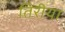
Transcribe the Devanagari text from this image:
तिरीया